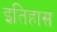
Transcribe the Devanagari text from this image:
इतिहास